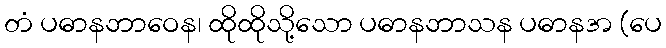
တံ ပဓာနဘာဝေန၊ ထိုထိုသို့သော ပဓာနဘာသန ပဓာနအ (ပေ